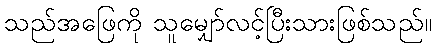
သည်အဖြေကို သူမျှော်လင့်ပြီးသားဖြစ်သည်။